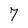
Character: 7